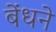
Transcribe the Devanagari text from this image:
बेंधने